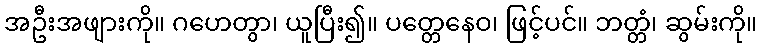
အဦးအဖျားကို။ ဂဟေတွာ၊ ယူပြီး၍။ ပတ္တေနေဝ၊ ဖြင့်ပင်။ ဘတ္တံ၊ ဆွမ်းကို။